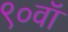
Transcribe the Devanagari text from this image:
९०वॉ